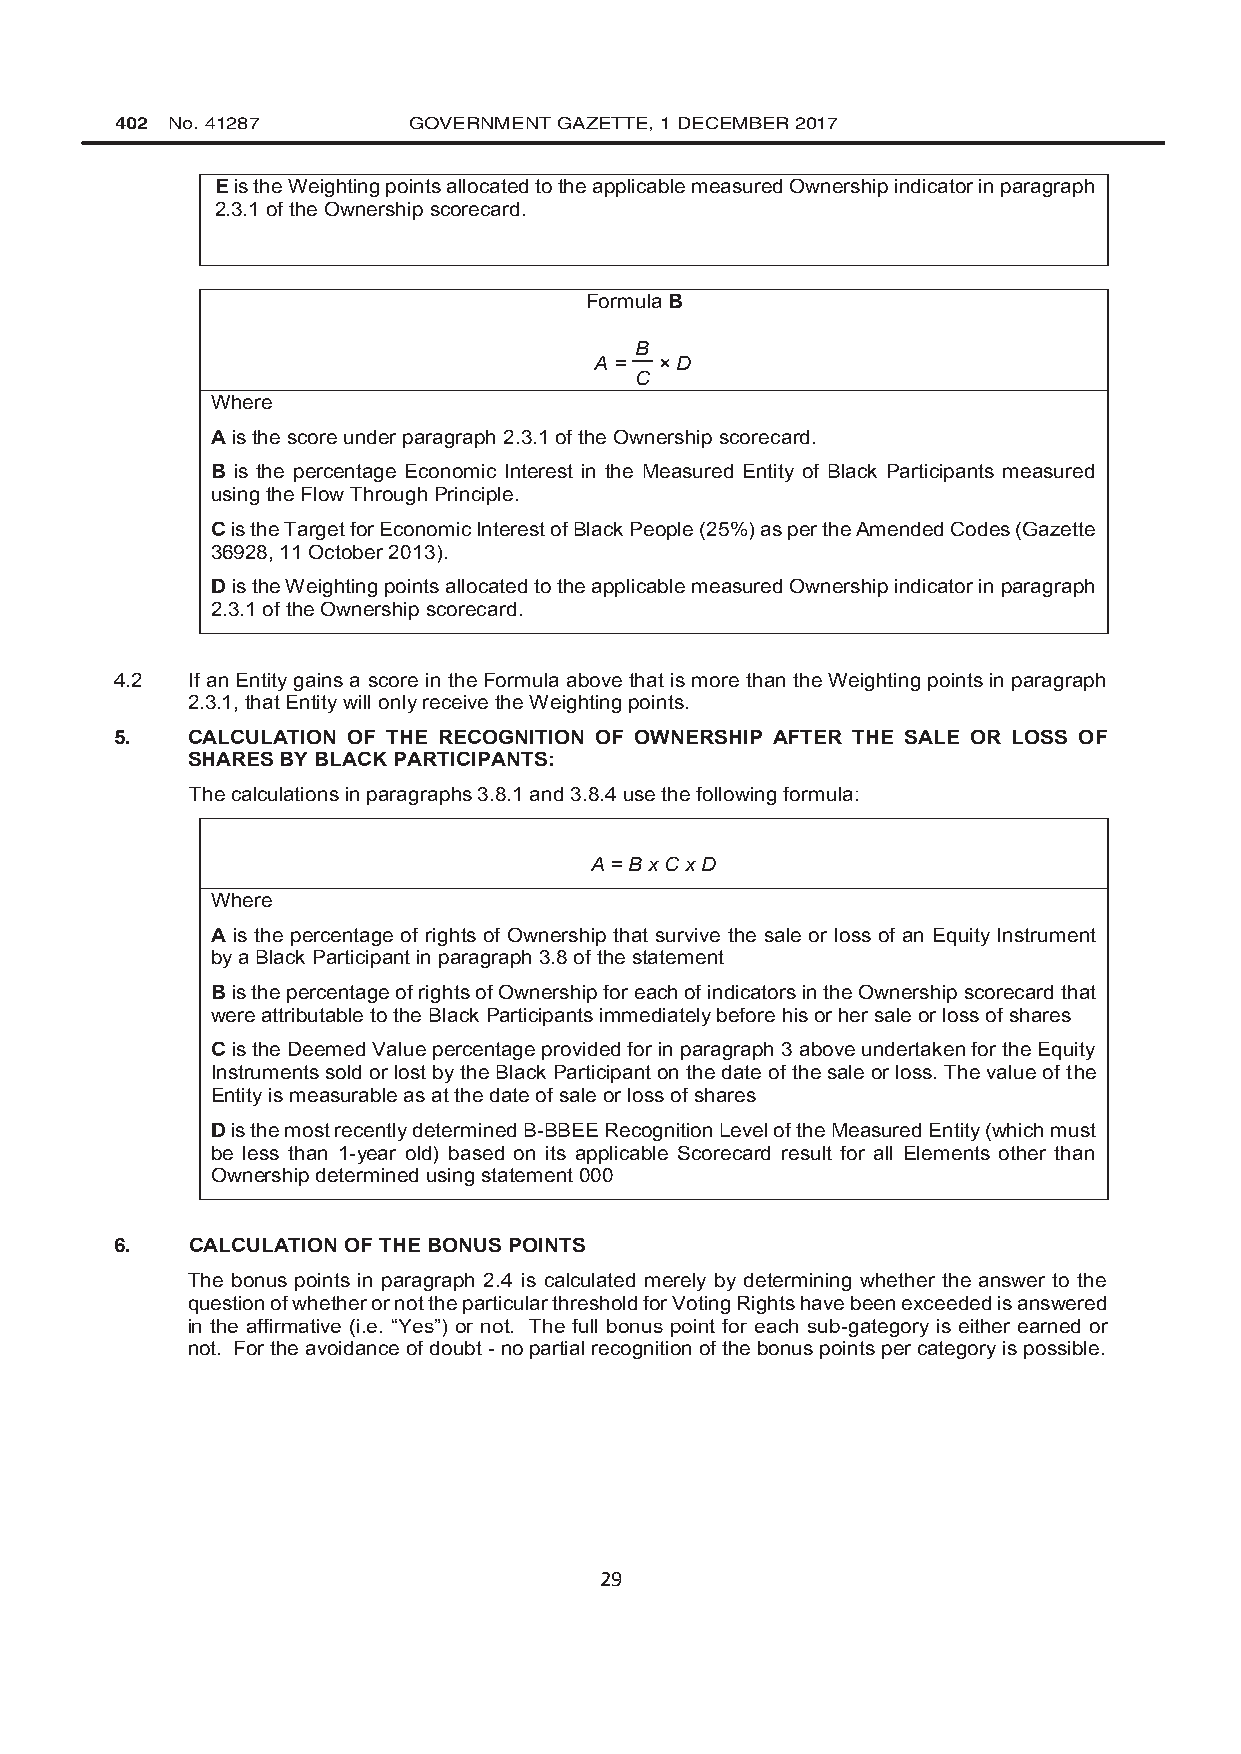
402 No. 41287      GOVERNMENT GAZETTE, 1 DECEMBER 2017
 1.1..1.1.1 E is the Weighting points allocated to the applicable measured Ownership indicator in paragraph
 2.3.1 of the Ownership scorecard.
 Formula B
 B
 A =  × D
 C
 Where
 A is the score under paragraph 2.3.1 of the Ownership scorecard.
 B is the percentage Economic Interest in the Measured Entity of Black Participants measured
 using the Flow Through Principle.
 C is the Target for Economic Interest of Black People (25%) as per the Amended Codes (Gazette
 36928, 11 October 2013).
 D is the Weighting points allocated to the applicable measured Ownership indicator in paragraph
 2.3.1 of the Ownership scorecard.
 4.2 If an Entity gains a score in the Formula above that is more than the Weighting points in paragraph
 2.3.1, that Entity will only receive the Weighting points.
 5.  CALCULATION OF THE RECOGNITION OF OWNERSHIP AFTER THE SALE OR LOSS OF
 SHARES BY BLACK PARTICIPANTS:
 The calculations in paragraphs 3.8.1 and 3.8.4 use the following formula:
 A = B x C x D
 Where
 A is the percentage of rights of Ownership that survive the sale or loss of an Equity Instrument
 by a Black Participant in paragraph 3.8 of the statement
 B is the percentage of rights of Ownership for each of indicators in the Ownership scorecard that
 were attributable to the Black Participants immediately before his or her sale or loss of shares
 C is the Deemed Value percentage provided for in paragraph 3 above undertaken for the Equity
 Instruments sold or lost by the Black Participant on the date of the sale or loss. The value of the
 Entity is measurable as at the date of sale or loss of shares
 D is the most recently determined B-BBEE Recognition Level of the Measured Entity (which must
 be less than 1-year old) based on its applicable Scorecard result for all Elements other than
 Ownership determined using statement 000
 6.   CALCULATION OF THE BONUS POINTS
 The bonus points in paragraph 2.4 is calculated merely by determining whether the answer to the
 question of whether or not the particular threshold for Voting Rights have been exceeded is answered
 in the affirmative (i.e. “Yes”) or not. The full bonus point for each sub-gategory is either earned or
 not. For the avoidance of doubt - no partial recognition of the bonus points per category is possible.
 29